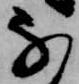
な